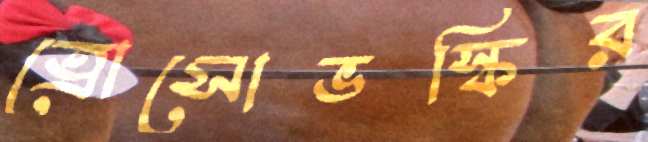
ত্রোসোভস্কির